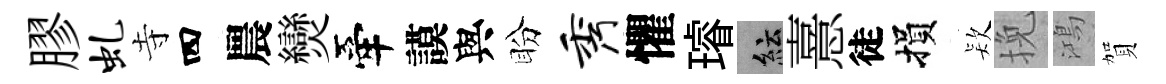
膠虬寺四農𤓖牽謨與盼秀懼璿紜憙徒損𣣇挽鴻賀